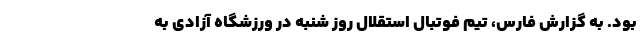
بود. به گزارش فارس، تیم فوتبال استقلال روز شنبه در ورزشگاه آزادی به